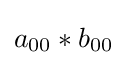
a_{00}*b_{00}